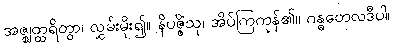
အဇ္ဈတ္ထရိတွာ၊ လွှမ်းမိုး၍။ နိပဇ္ဇိံသု၊ အိပ်ကြကုန်၏။ ဂန္ဓတေလဒီပါ၊